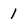
Character: 1